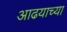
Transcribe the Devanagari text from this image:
आढयाच्या